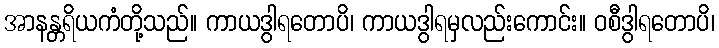
အာနန္တရိယကံတို့သည်။ ကာယဒွါရတောပိ၊ ကာယဒွါရမှလည်းကောင်း။ ဝစီဒွါရတောပိ၊